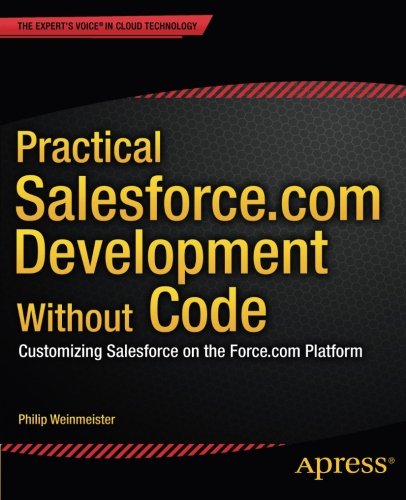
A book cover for Practical Salesforce.com Development Without Code: Customizing Salesforce on the Force.com Platform; Philip Weinmeister; Computers & Technology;